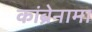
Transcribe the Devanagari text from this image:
कांब्रेनामा